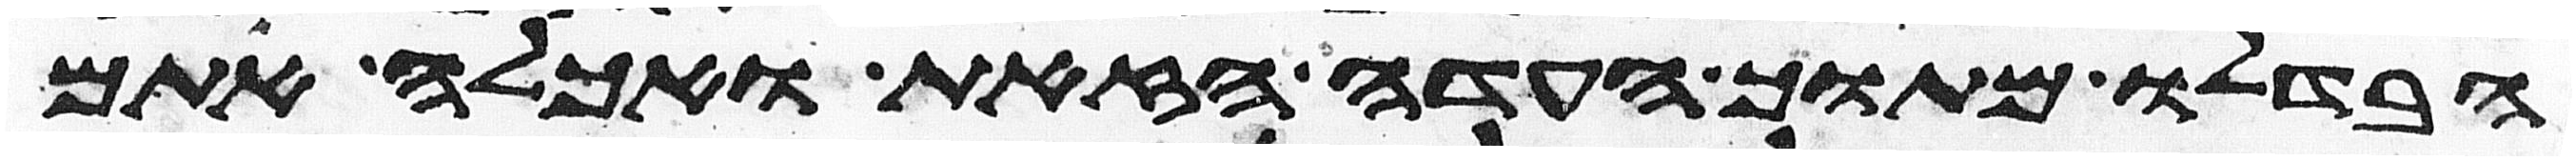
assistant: הבדלו מתוך העדה הזאת ואכלה אתם